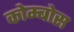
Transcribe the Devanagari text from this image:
कोम्बोस